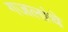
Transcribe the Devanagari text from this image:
गजलांचे